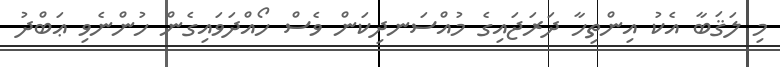
މި ލަޤަބާ އެކު އިންތިހާ ދަރަޖައިގެ މުއްސަނދިކަން ވެސް ހޯއްދަވައިގެން ހުންނެވި ޢަބްދު